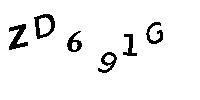
ZD691G